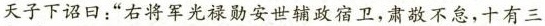
天子下诏曰：”右将军光禄勋安世辅政宿卫，肃敬不怠，十有三